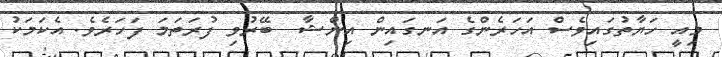
މިއީ ހަޔާތުގައިވެސް އަހަރެންގެ އަނގައިން އިންޝާ  ބޭރުވި ފުރަތަމަ ފަހަރެވެ. އެކަމަކު